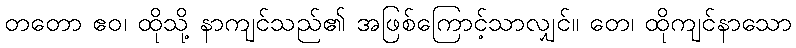
တတော ဧဝ၊ ထိုသို့ နာကျင်သည်၏ အဖြစ်ကြောင့်သာလျှင်။ တေ၊ ထိုကျင်နာသော